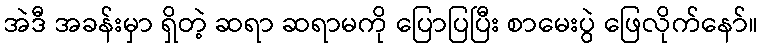
အဲဒီ အခန်းမှာ ရှိတဲ့ ဆရာ ဆရာမကို ပြောပြပြီး စာမေးပွဲ ဖြေလိုက်နော်။